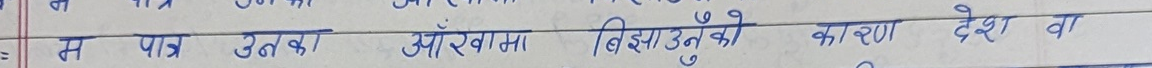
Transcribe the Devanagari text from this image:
म पात्र उनको आँखामा बिझाउने को कारण देश वा